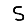
Digit: 5